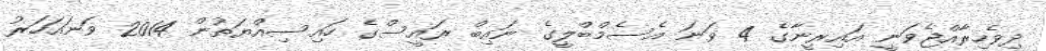
ދިވެހިރާއްޖެވަނީ އައިރީނާގެ 4 ވަނަ އެސެމްބްލީގެ ނައިބް ރައީސްގެ ހައިސިއްޔަތުން 2014 ވަނައަހަރު